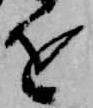
を